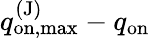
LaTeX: q_{\mathrm{on,max}}^{\mathrm{(J)}}-q_{\mathrm{on}}